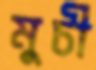
মুচী